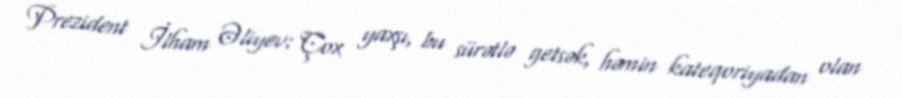
Prezident İlham Əliyev: Çox yaxşı, bu sürətlə getsək, həmin kateqoriyadan olan